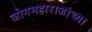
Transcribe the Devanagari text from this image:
जोगमहाराजांच्या